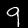
Label: 9